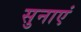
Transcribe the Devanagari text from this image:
सुनाएं